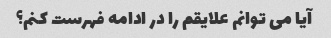
آیا می توانم علایقم را در ادامه فهرست کنم؟